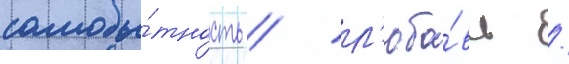
самобы́тность / л'юбо́вь /